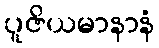
ပူဇိယမာနာနံ